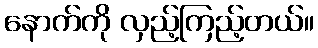
နောက်ကို လှည့်ကြည့်တယ်။